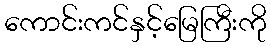
ကောင်းကင်နှင့်မြေကြီးကို